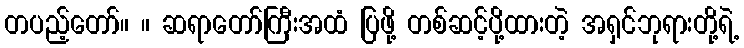
တပည့်တော်။ ။ ဆရာတော်ကြီးအထံ ပြဖို့ တစ်ဆင့်ပို့ထားတဲ့ အရှင်ဘုရားတို့ရဲ့